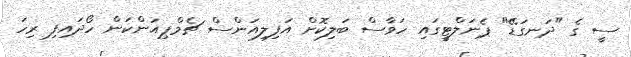
ސީ ގެ "ދަނގަޑޭ" ޕެނަލްޓީގައި ހަވާސް ބަލިކޮށް އަފިލިއަންސް ޗެމްޕިއަންކަން ހޯދައިފި ރިހަ